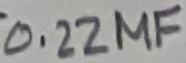
Text: 0.22 µF